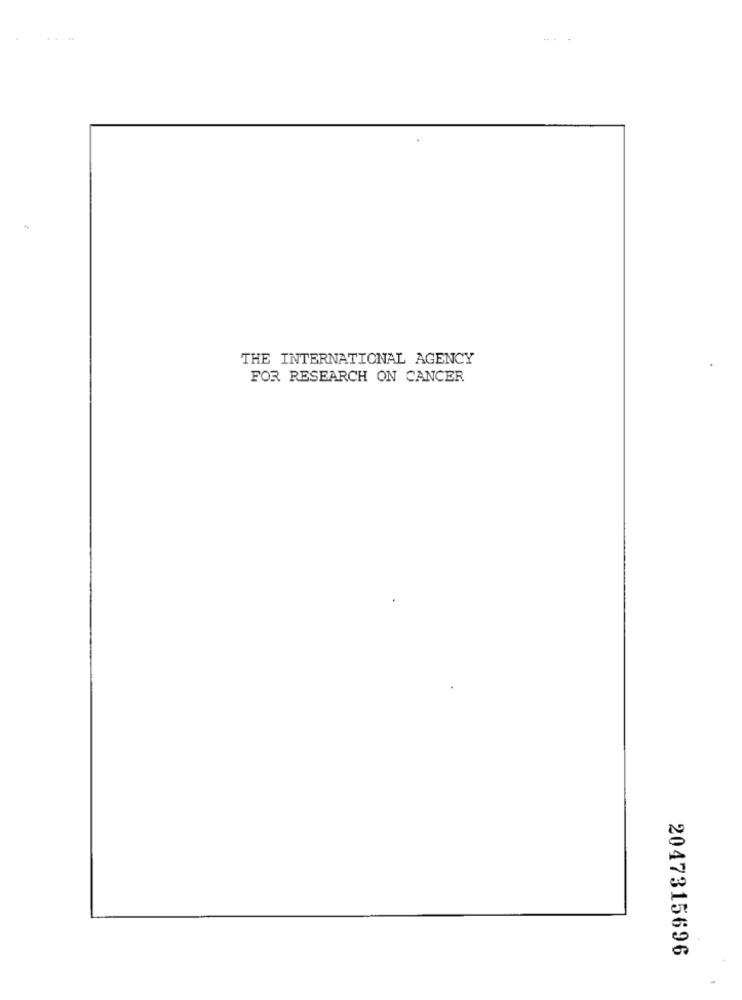
THE INTERNATIONAL AGENCY
FOR RESEARCH ON CANCER
2047315696